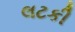
લટકી